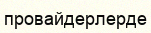
провайдерлерде